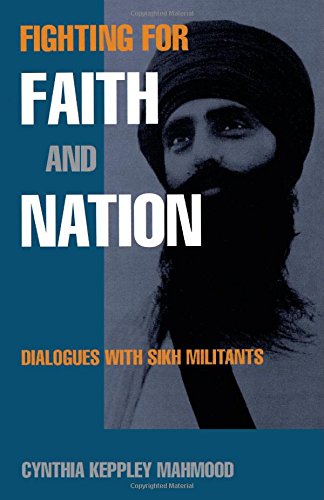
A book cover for Fighting for Faith and Nation: Dialogues with Sikh Militants (Contemporary Ethnography); Cynthia Keppley Mahmood; Religion & Spirituality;